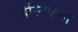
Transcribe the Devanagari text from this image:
प्लैस्टिकता